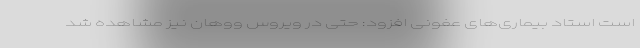
است استاد بیماری‌های عفونی افزود: حتی در ویروس ووهان نیز مشاهده شد